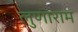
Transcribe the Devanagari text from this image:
लुणाराम